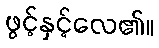
ဖွင့်နှင့်လေ၏။